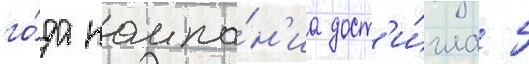
го́да компа́н'иа дост'и́гла 5